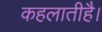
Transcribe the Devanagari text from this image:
कहलातीहै।